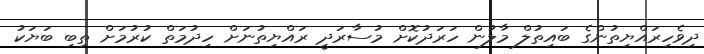
ދިވެހިރައްޔިތުންގެ ބައިތުލް މާލުން ހަރަދުކޮށް މުސާރަދީ ރައްޔިތުނަށް ހިދުމަތް ކުރުމަށް ތިބި ބަޔަކު